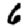
Digit: 6